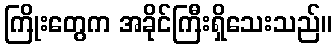
ကြိုးတွေက အခိုင်ကြီးရှိသေးသည်။